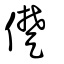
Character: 儊